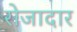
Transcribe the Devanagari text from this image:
रोजादार